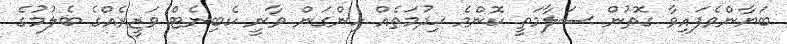
ބަޔާންވެފައިވާ ގޮތުން ސަލާމަތީ ކޮންމެ ޚިދުމަތެއް ހިންގަން ވާނީ ކެބިނެޓް ވަޒީރެއްގެ ބެލުމުގެ